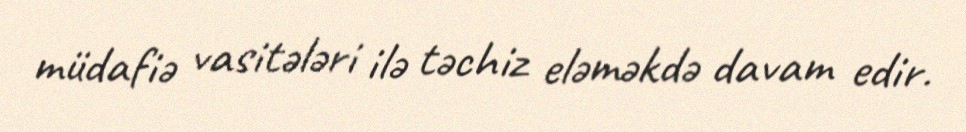
müdafiə vasitələri ilə təchiz eləməkdə davam edir.